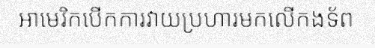
អាមេរិកបើកការវាយប្រហារមកលើកងទ័ព